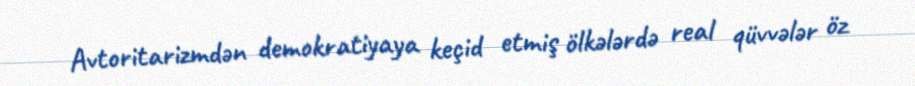
Avtoritarizmdən demokratiyaya keçid etmiş ölkələrdə real qüvvələr öz